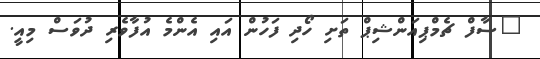
"ސާފް ޗެމްޕިއަންޝިޕް ތަށި ހޯދި ފަހުން އައި އެންމެ އުފާވެރި ދުވަސް މިއީ.